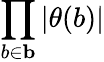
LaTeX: \prod_{b\in{\mathbf b}}|\theta(b)|